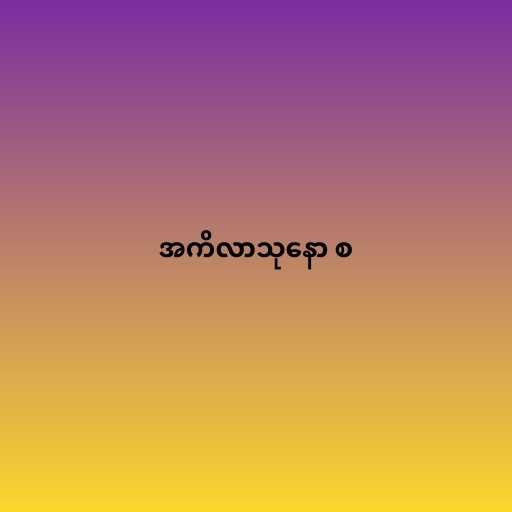
အကိလာသုနော စ